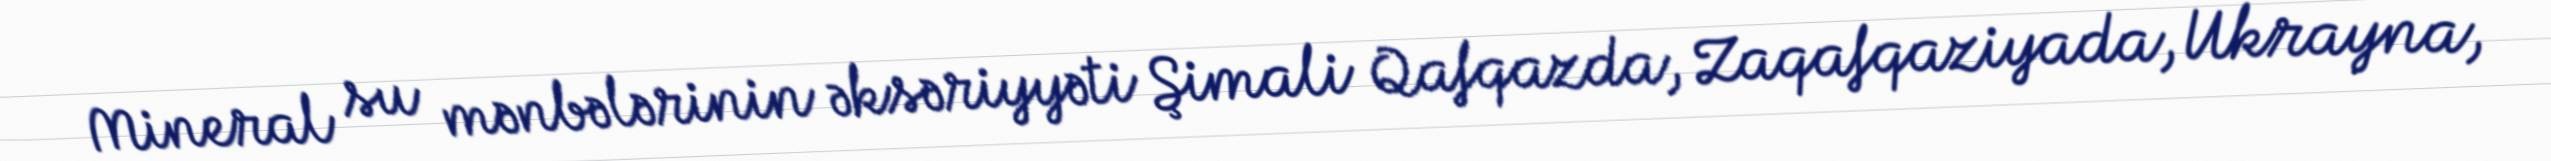
Mineral su mənbələrinin əksəriyyəti Şimali Qafqazda, Zaqafqaziyada, Ukrayna,